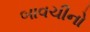
બાવચીનો